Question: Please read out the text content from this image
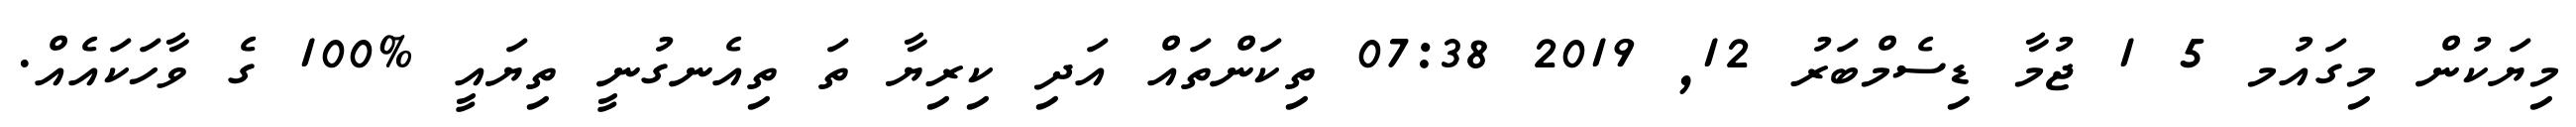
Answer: މިޔަކުން މިގައުމ 5 1 ޖުމާ ޑިސެމްބަރު 12, 2019 07:38 ތިކަންތައް އަދި ކިރިޔާ ތަ ތިއެނގުނީ ތިޔައީ %100 ގެ ވާހަކައެއް.